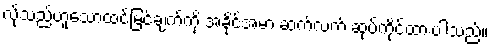
လိုသည်ဟူသောထင်မြင်ချက်ကို အခိုင်အမာ ဆက်လက် ဆုပ်ကိုင်ထားပါသည်။